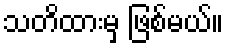
သတိထားမှ ဖြစ်မယ်။